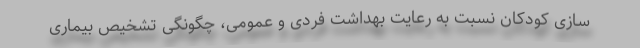
سازی کودکان نسبت به رعایت بهداشت فردی و عمومی، چگونگی تشخیص بیماری